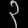
Digit: ၃